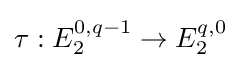
\tau :E_{2}^{0,q-1}\to E_{2}^{q,0}